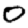
Digit: 0